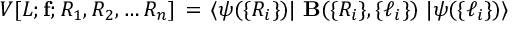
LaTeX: V [ L ; { \bf f } ; R _ { 1 } , R _ { 2 } , \ldots R _ { n } ] \, = \, \langle \psi ( \{ R _ { i } \} ) \vert ~ { \bf { B } } ( \{ R _ { i } \} , \{ \ell _ { i } \} ) ~ \vert \psi ( \{ \ell _ { i } \} ) \rangle